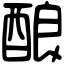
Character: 酿